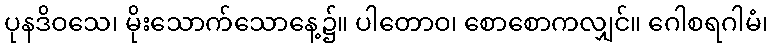
ပုနဒိဝသေ၊ မိုးသောက်သောနေ့၌။ ပါတောဝ၊ စောစောကလျှင်။ ဂေါစရဂါမံ၊